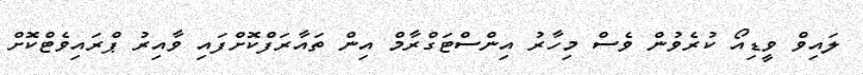
ލައިވް ވީޑިއޯ ކުރެވުން ވެސް މިހާރު އިންސްޓަގްރާމް އިން ތައާރަފްކޮށްފައި ވާއިރު ޕްރައިވެޓްކޮށް